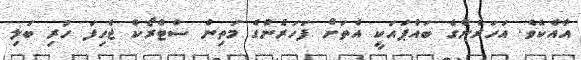
އާއެކެވެ. އަހަރެންގެ ބައްޕައަކީ އެތަށް ފަހަރެންގެ މަތިން ސްޓްރޯކް ޖެހިފަ ހުރި ބަލި